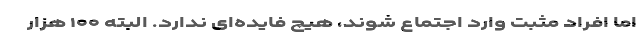
اما افراد مثبت وارد اجتماع شوند، هیچ فایده‌ای ندارد. البته ۱۰۰ هزار